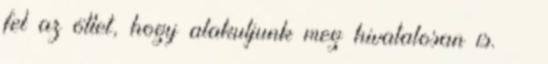
fel az ötlet, hogy alakuljunk meg hivatalosan is. ··